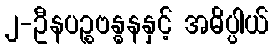
၂-ဦနပဉ္စဗန္ဓနနှင့် အဓိပ္ပါယ်